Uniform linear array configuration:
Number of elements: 12
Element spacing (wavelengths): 1
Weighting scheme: exponential
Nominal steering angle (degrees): -60
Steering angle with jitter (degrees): -60.08
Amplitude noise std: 0.05
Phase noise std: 0.05

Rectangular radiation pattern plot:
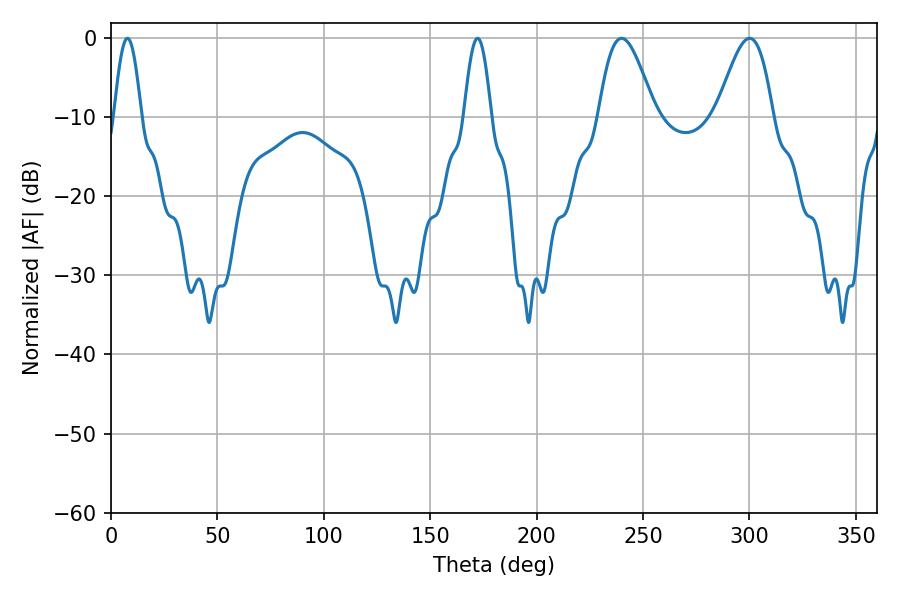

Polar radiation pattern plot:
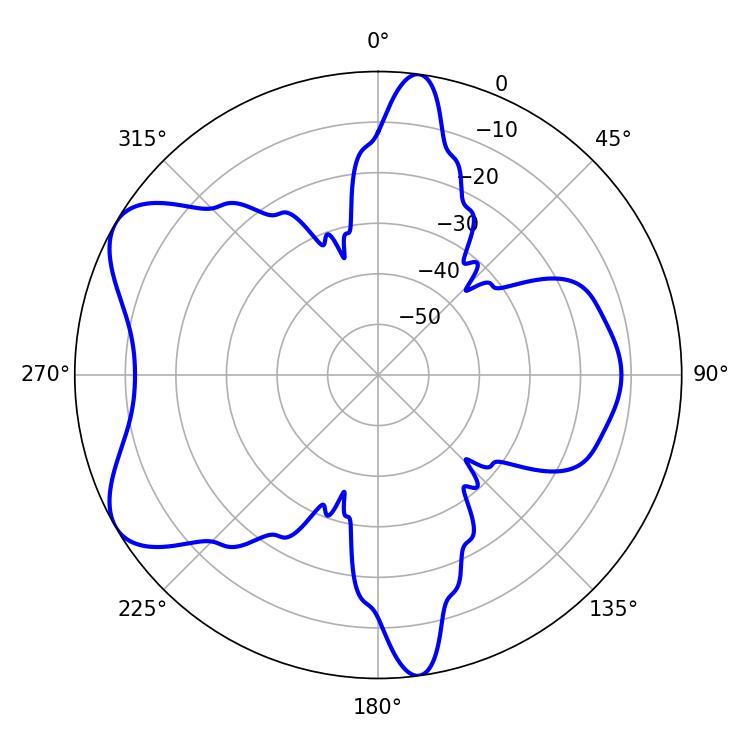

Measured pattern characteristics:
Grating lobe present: TRUE
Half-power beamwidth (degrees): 6.84
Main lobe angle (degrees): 172.26